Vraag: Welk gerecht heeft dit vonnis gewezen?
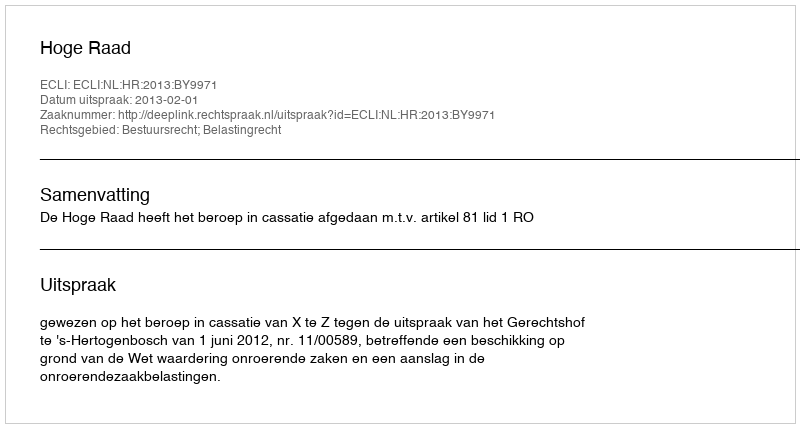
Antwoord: Hoge Raad